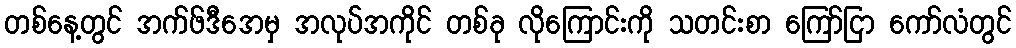
တစ်နေ့တွင် အက်ဖ်ဒီအေမှ အလုပ်အကိုင် တစ်ခု လိုကြောင်းကို သတင်းစာ ကြော်ငြာ ကော်လံတွင်